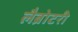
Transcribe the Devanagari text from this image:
लैब्रोटरी